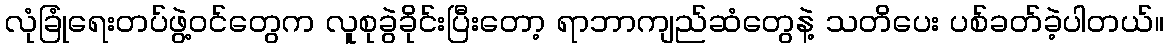
လုံခြုံရေးတပ်ဖွဲ့ဝင်တွေက လူစုခွဲခိုင်းပြီးတော့ ရာဘာကျည်ဆံတွေနဲ့ သတိပေး ပစ်ခတ်ခဲ့ပါတယ်။